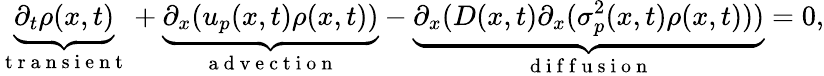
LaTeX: \underbrace{\partial_{t}\rho(x,t)}_{\substack{\mathrm{~t~r~a~n~s~i~e~n~t~}}}+\underbrace{\partial_{x}(u_{p}(x,t)\rho(x,t))}_{\substack{\mathrm{~a~d~v~e~c~t~i~o~n~}}}-\underbrace{\partial_{x}(D(x,t)\partial_{x}(\sigma_{p}^{2}(x,t)\rho(x,t)))}_{\substack{\mathrm{~d~i~f~f~u~s~i~o~n~}}}=0,